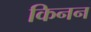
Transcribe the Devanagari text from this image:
किनन